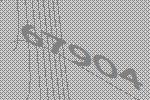
67904